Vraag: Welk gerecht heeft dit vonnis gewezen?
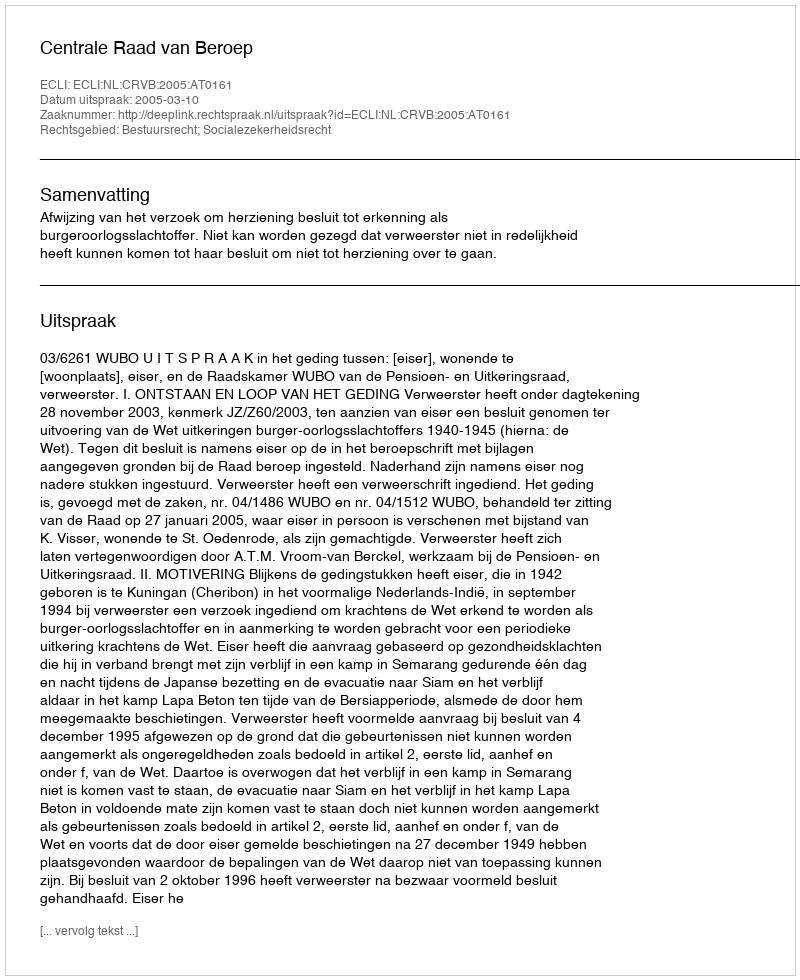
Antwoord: Centrale Raad van Beroep